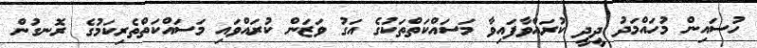
ހުސައިން މުހައްމަދު ދީދީ ކުރައްވާފައިވާ މަސައްކަތްތަކުގެ އަގު ވަޒަން ކުރައްވައި މަސައްކަތްތެރިކަމުގެ ރޮނގުން